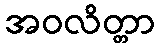
အဝလိတ္တာ